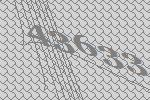
43633